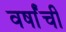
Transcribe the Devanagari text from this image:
वर्षांंची